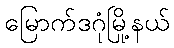
မြောက်ဒဂုံမြို့နယ်